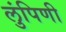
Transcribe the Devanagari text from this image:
लुंपिणी